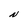
Character: N